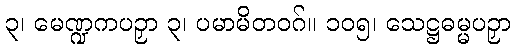
၃၊ မေဏ္ဍကပဉှာ ၃၊ ပမာမိတဝဂ်။ ၁၀၅၊ သေဋ္ဌဓမ္မပဉှာ